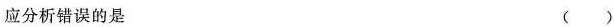
应分析错误的是 ()